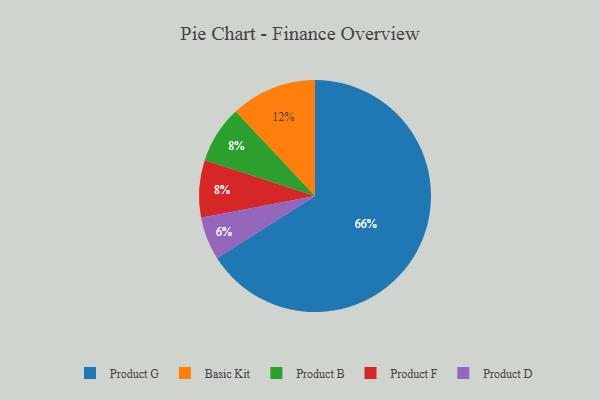
{"axis": {"x": "Category", "y": "Percentage"}, "legend": ["Basic Kit", "Product B", "Product D", "Product F", "Product G"], "data": [{"x": "Product B", "y": 8, "type": "Product B"}, {"x": "Product D", "y": 6, "type": "Product D"}, {"x": "Product G", "y": 66, "type": "Product G"}, {"x": "Basic Kit", "y": 12, "type": "Basic Kit"}, {"x": "Product F", "y": 8, "type": "Product F"}]}